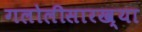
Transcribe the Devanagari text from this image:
गलोलीसारख्या